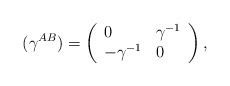
\begin{align*}{\large (}\gamma ^{AB}{\large )}=\left( \begin{array}{ll}0 & \gamma ^{-1} \\ -\gamma ^{-1} & 0\end{array}\right) , \end{align*}